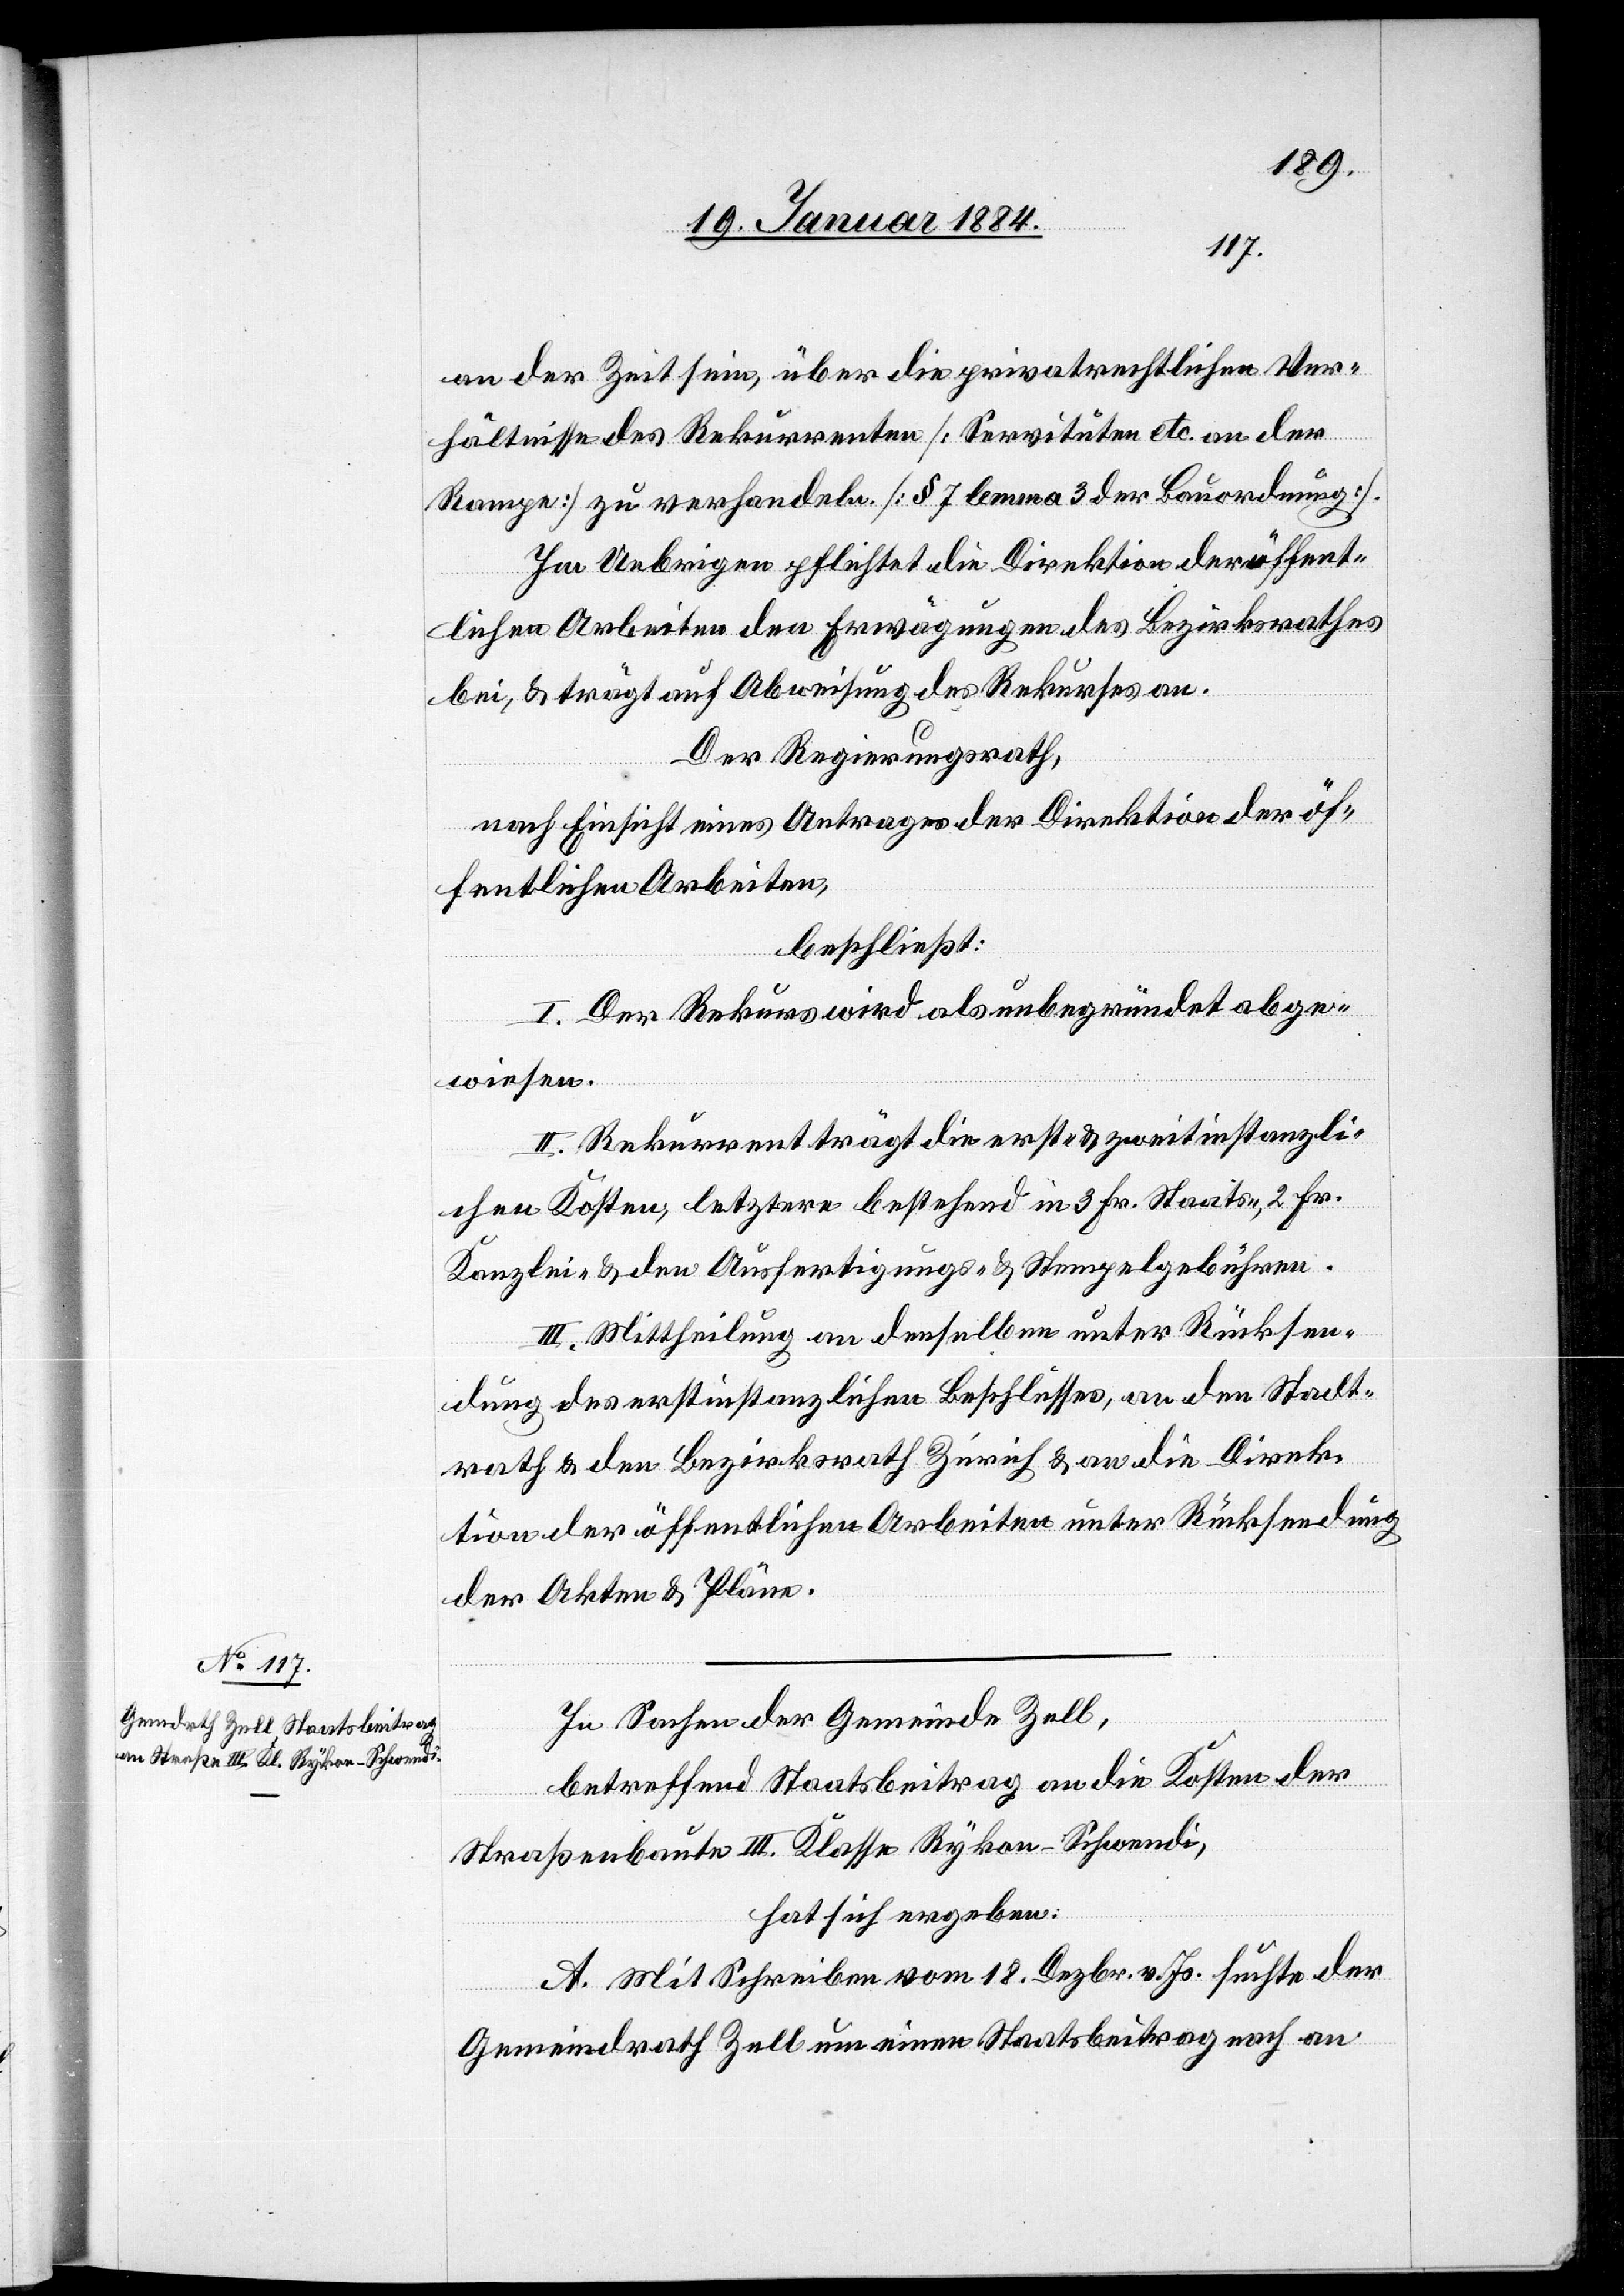
an der Zeit sein, über die privatrechtlichen Ver¬
hältnisse des Rekurrenten [Servituten etc. an der
Rampe] zu verhandeln [§ 7 lemma 3 der Bauordnung].
Im Uebrigen pflichtet die Direktion der öffent¬
lichen Arbeiten den Erwägungen des Bezirksrathes
bei, & trägt auf Abweisung des Rekurses an.
Der Regierungsrath,
nach Einsicht eines Antrages der Direktion der öf¬
fentlichen Arbeiten,
beschließt:
I. Der Rekurs wird als unbegründet abge¬
wiesen.
II. Rekurrent trägt die erst- & zweitinstanzli¬
chen Kosten, letztere bestehend in 3 Fr. Staats-, 2 Fr.
Kanzlei- & den Ausfertigungs- & Stempelgebühren.
III. Mittheilung an denselben unter Rücksen¬
dung des erstinstanzlichen Beschlusses, an den Stadt¬
rath & den Bezirksrath Zürich & an die Direk¬
tion der öffentlichen Arbeiten unter Rücksendung
der Akten & Pläne.
In Sachen der Gemeinde Zell,
betreffend Staatsbeitrag an die Kosten der
Straßenbaute III. Klasse Rykon–Schwendi,
hat sich ergeben:
A. Mit Schreiben vom 18. Dezbr. v. Js. suchte der
Gemeindrath Zell um einen Staatsbeitrag nach an